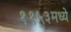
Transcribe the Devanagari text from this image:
११५३मध्ये